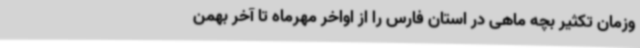
وزمان تکثیر بچه ماهی در استان فارس را از اواخر مهرماه تا آخر بهمن